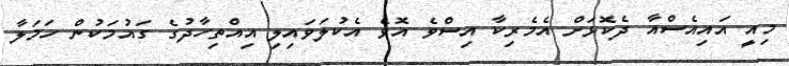
މިއީ އައިއެސްއާ ދެކޮޅަށް އެމެރިކާ އިސްވެ އޮވެ އެކުލަވައިލި އިއްތިހާދުގެ ގައުމަކުން ހަމަލާ